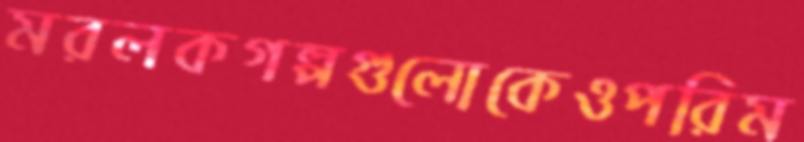
মরলকগল্পগুলোকেওপরিম